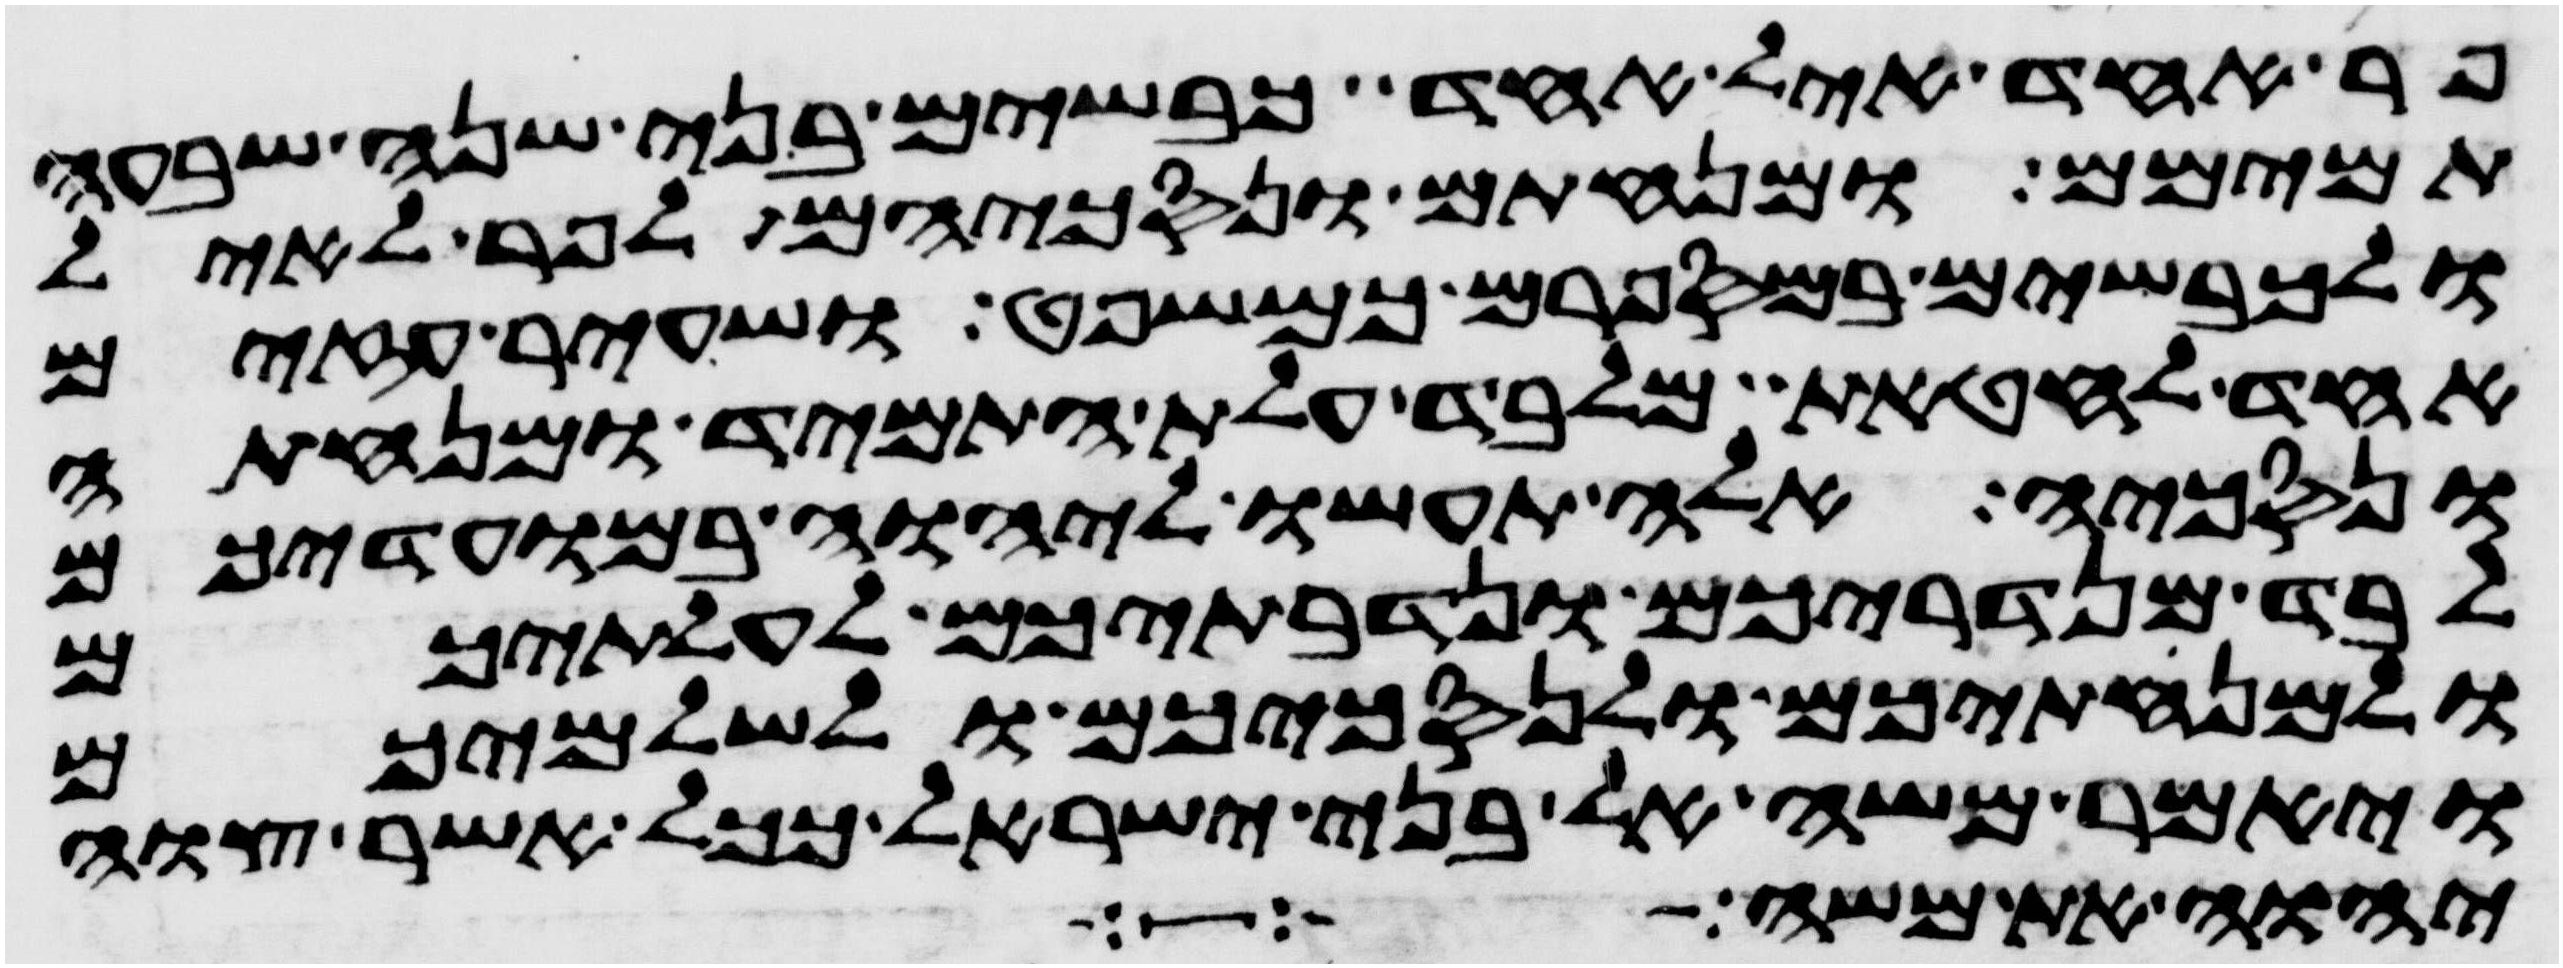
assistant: פר אחד איל אחד כבשים בני שנה שבעה
תמימם ומנחתם ונסכיהם לפר לאיל
ולכבשים במספרם כמשפט ושעיר עזים
אחד לחטאת מלבד עלת התמיד ומנחתה
ונסכיה אלה תעשו ליהוה במועדיכם
לבד מנדריכם ונדבתיכם לעלתיכם
ולמנחתיכם ולנסכיכם ולשלמיכם
ויאמר משה אל בני ישראל ככל אשר צוה
יהוה את משה